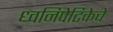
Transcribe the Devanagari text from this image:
ध्वनिपेटिकेचे